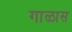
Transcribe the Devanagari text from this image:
गाळास